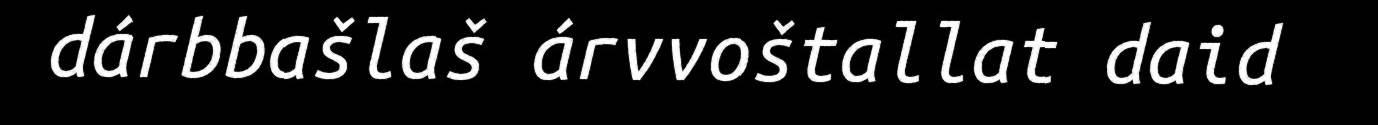
dárbbašlaš árvvoštallat daid